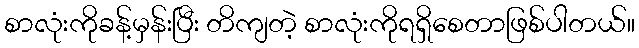
စာလုံးကိုခန့်မှန်းပြီး တိကျတဲ့ စာလုံးကိုရရှိစေတာဖြစ်ပါတယ်။